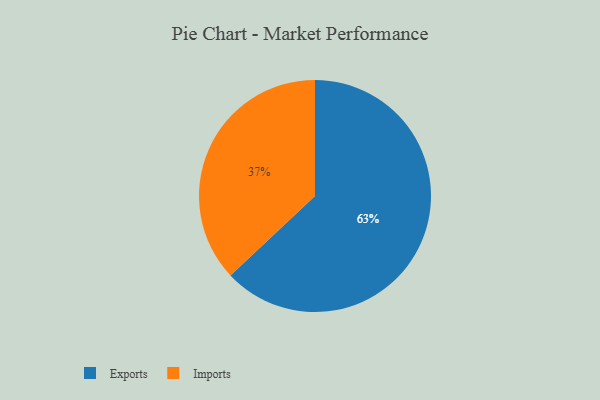
{"axis": {"x": "Category", "y": "Percentage"}, "legend": ["Exports", "Imports"], "data": [{"x": "Exports", "y": 63, "type": "Exports"}, {"x": "Imports", "y": 37, "type": "Imports"}]}